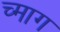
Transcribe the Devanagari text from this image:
च्माग